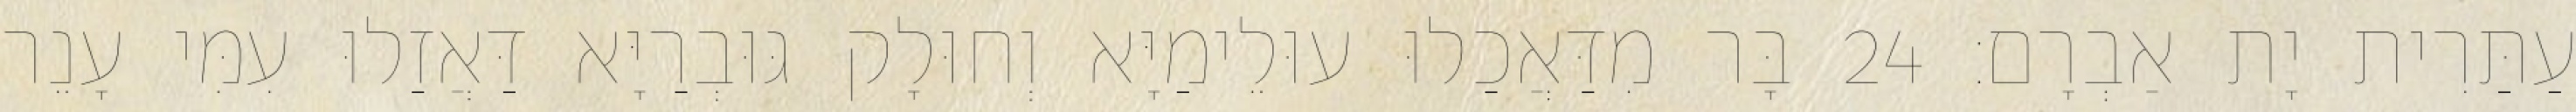
עַתַּרִית יָת אַבְרָם׃ 24 בָּר מִדַּאֲכַלוּ עוּלֵימַיָּא וְחוּלָק גּוּבְרַיָּא דַּאֲזַלוּ עִמִּי עָנֵר